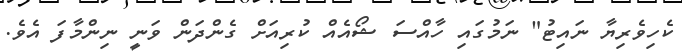
ކެހިވެރިޔާ ނައިޓު" ނަމުގައި ހާއްސަ ޝޯއެއް ކުރިއަށް ގެންދަން ވަނީ ނިންމާފަ އެވެ.